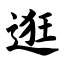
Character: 逛